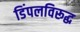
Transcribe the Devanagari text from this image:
डिंपलविरूद्ध